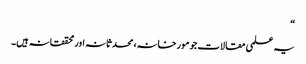
“
یہ علمی مقالات جو مورخانہ، محدثانہ اور محققانہ ہیں۔